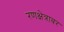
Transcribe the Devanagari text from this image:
रणक्षेत्रावर